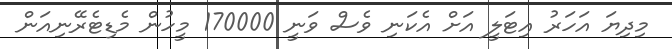
މިދިޔަ އަހަރު އިޓަލީ އަށް އެކަނި ވެސް ވަނީ 170000 މީހުން މެޑިޓެރޭނިއަން